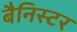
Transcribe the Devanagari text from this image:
बैनिस्टर